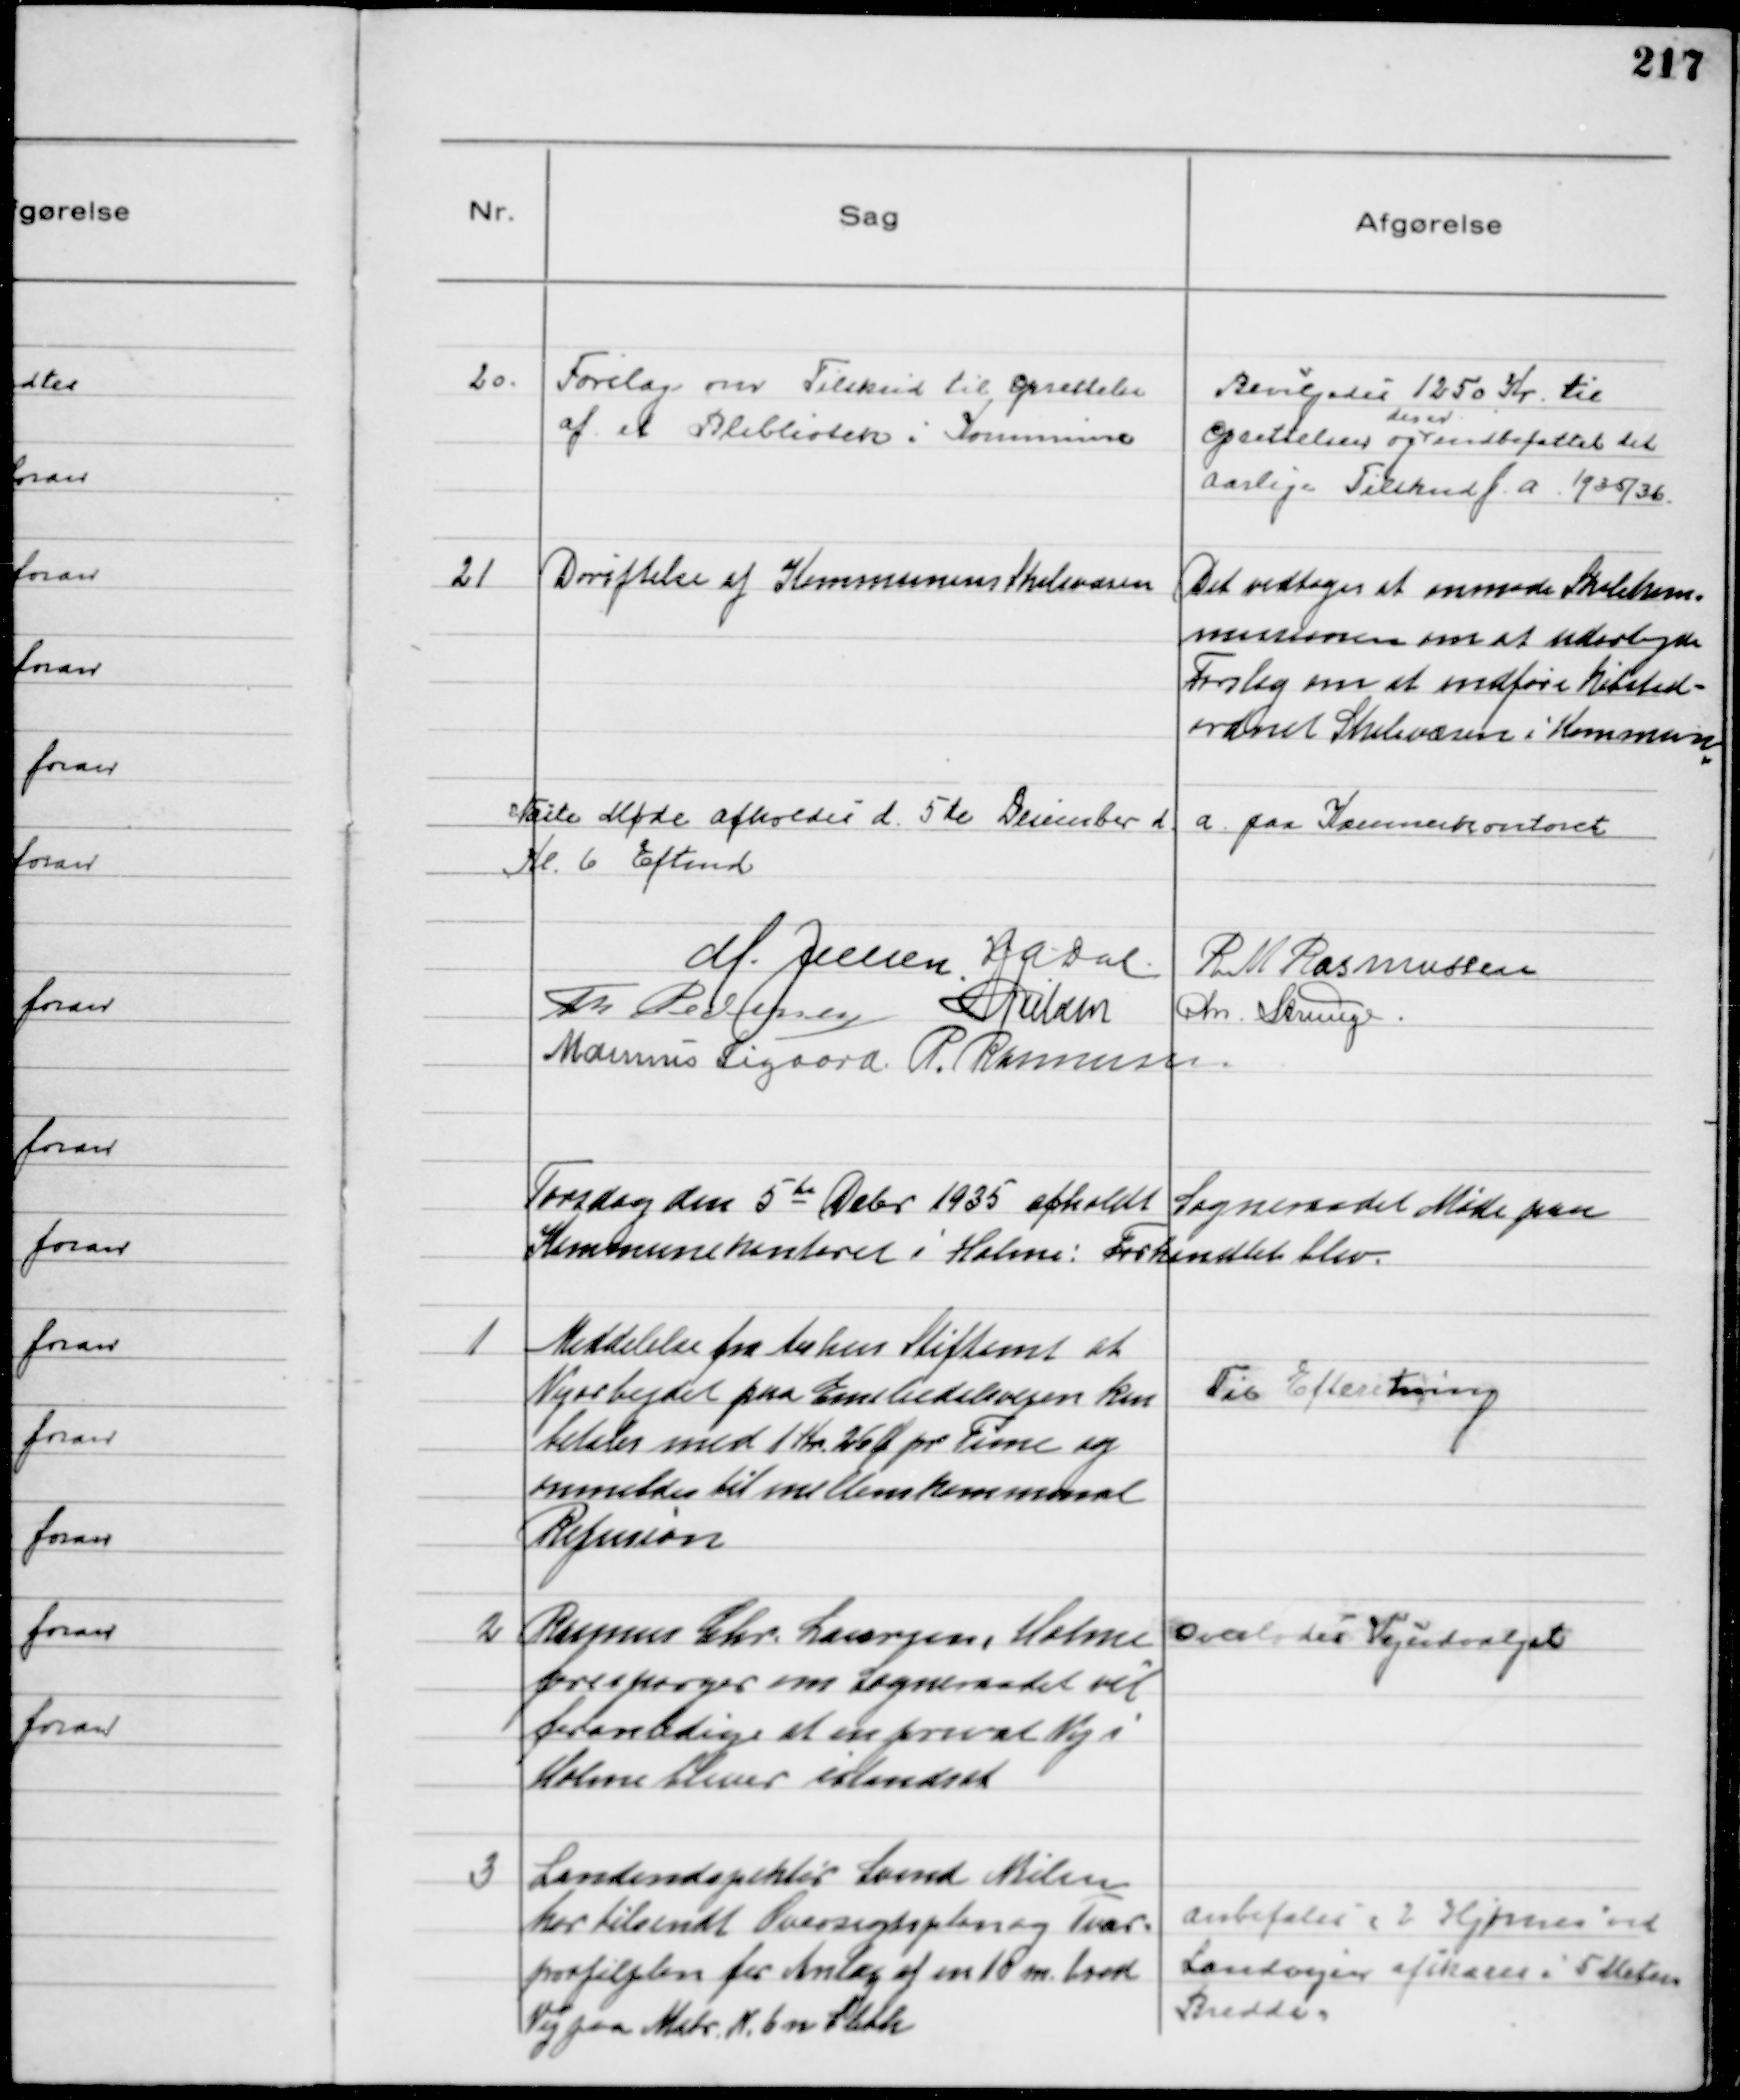
Transskription:
20.
Forslag om Tilskud til Oprettelse
af et Blibliotek i Kommune

Bevilgedes 1250 Kr. til
Oprettelsen og
desud.
indbefattet til
Aarlige Tilskud f.a. 1935/36.

21
Drøftelse af Kommunens Skolevæsen

Det vedtoges at anmode Skolekom-
missionen om at udarbejde
Forslag om at indføre købstad-
ordnet Skolevæsen i Kommun

Næste Møde afholdes d. 5te December d. a. paa Kommunekontoret
Kl. 6 Eftmd
M. Jensen HADal R M Rasmussen
Th Pedersen NNielsen Chr. Strunge.
Marinus Sigaard P. Rasmussen.

Torsdag den 5 te Debr 1935 afholdt Sogneraadet Møde paa
Kommunekontoret i Holme: Forhandlet blev.

1
Meddelelse fra Aarhus Stiftamt at
Vejarbejdet paa Emiliedalsvejen kan
betales med 1 Kr 26 Ø pr Time og 
anmeldes til mellemkommunal
Refusion

Til Efteretning

2
Rasmus Chr. Laursen, Holme
forespørger om Sogneraadet vil
foranledige at en privat Vej i
Holme bliver istandsat

Overlodes Vejudvalget

3
Landindspektør Svend Nielsen
har tilsendt Oversigtsplan og Tvær-
profilplan for Anlæg af en 10 m bred
Vej paa Matr N. 6 n Sleth

Anbefales (2 Hjørner ved
Landevejen afskæres i 5 Meters
Bredde)